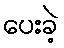
ပေးခဲ့